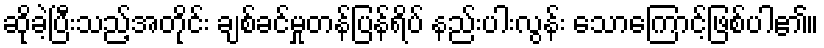
ဆိုခ့ဲပြီးသည့်အတိုင်း ချစ်ခင်မှုတန်ပြန်ရိပ် နည်းပါးလွန်း သောကြောင့်ဖြစ်ပါ၏။